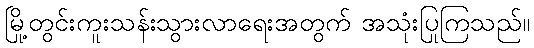
မြို့တွင်းကူးသန်းသွားလာရေးအတွက် အသုံးပြုကြသည်။